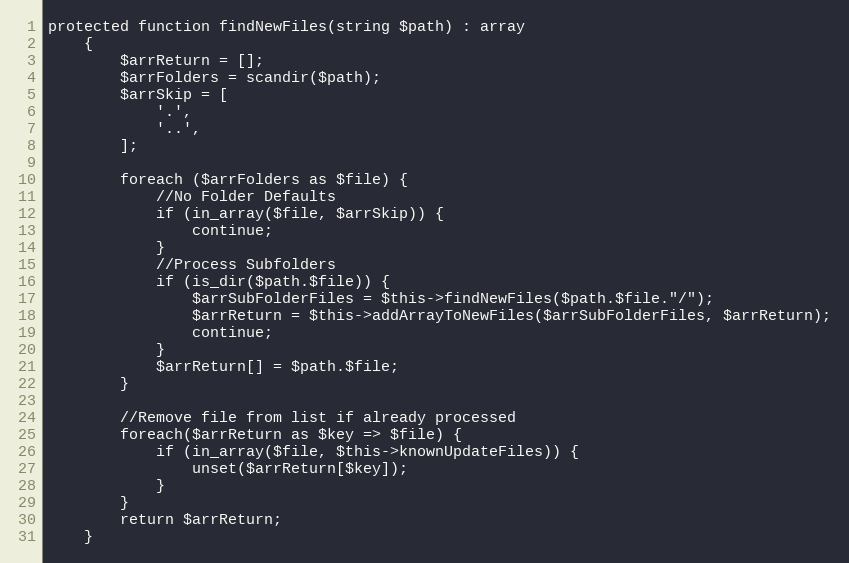
Language: PHP
protected function findNewFiles(string $path) : array
    {
        $arrReturn = [];
        $arrFolders = scandir($path);
        $arrSkip = [
            '.',
            '..',
        ];

        foreach ($arrFolders as $file) {
            //No Folder Defaults
            if (in_array($file, $arrSkip)) {
                continue;
            }
            //Process Subfolders
            if (is_dir($path.$file)) {
                $arrSubFolderFiles = $this->findNewFiles($path.$file."/");
                $arrReturn = $this->addArrayToNewFiles($arrSubFolderFiles, $arrReturn);
                continue;
            }
            $arrReturn[] = $path.$file;
        }

        //Remove file from list if already processed
        foreach($arrReturn as $key => $file) {
            if (in_array($file, $this->knownUpdateFiles)) {
                unset($arrReturn[$key]);
            }
        }
        return $arrReturn;
    }